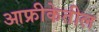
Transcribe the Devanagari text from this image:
आफ्रीकेतील